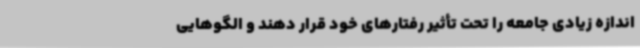
اندازه زیادی جامعه را تحت تأثیر رفتارهای خود قرار دهند و الگوهایی